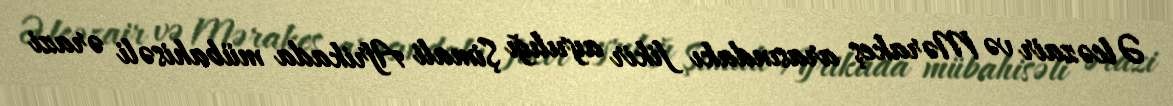
Əlcəzair və Mərakeş arasındakı fikir ayrılığı Şimali Afrikada mübahisəli ərazi